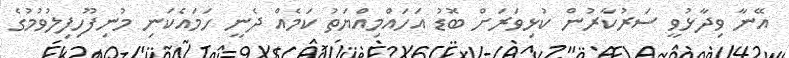
އޭނާ ވިދާޅުވީ ސަރުކާރުން ކުޅިވަރަށް ބޮޑު އަހައްމިއްޔަތު ކަމެއް ދެނީ ހަމައެކަނި މުނިފޫހިފިލުވުމުގެ